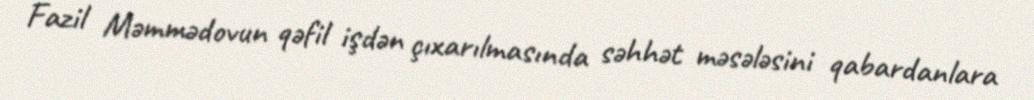
Fazil Məmmədovun qəfil işdən çıxarılmasında səhhət məsələsini qabardanlara